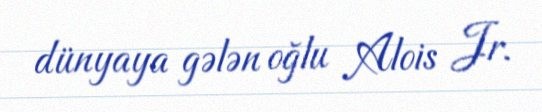
dünyaya gələn oğlu Alois Jr.